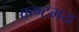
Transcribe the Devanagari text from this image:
कण्टमय